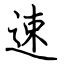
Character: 速